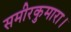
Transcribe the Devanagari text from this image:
समीरकुमारा।